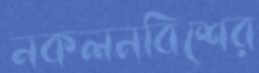
নকলনবিশের